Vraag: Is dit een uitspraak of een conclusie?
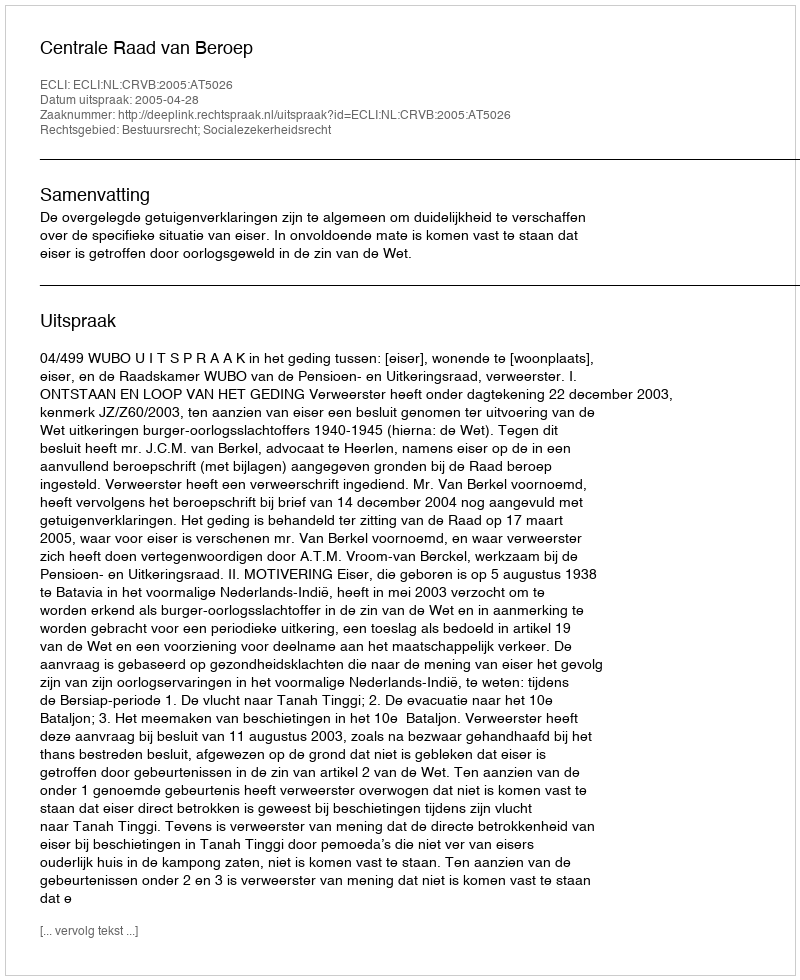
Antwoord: Uitspraak